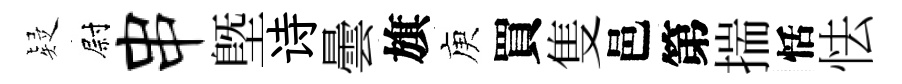
疑尉串塈诗曇旗庾買隻邑第揣恬怯